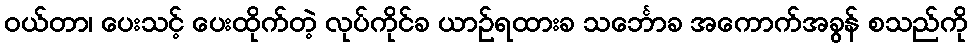
ဝယ်တာ၊ ပေးသင့် ပေးထိုက်တဲ့ လုပ်ကိုင်ခ ယာဉ်ရထားခ သင်္ဘောခ အကောက်အခွန် စသည်ကို